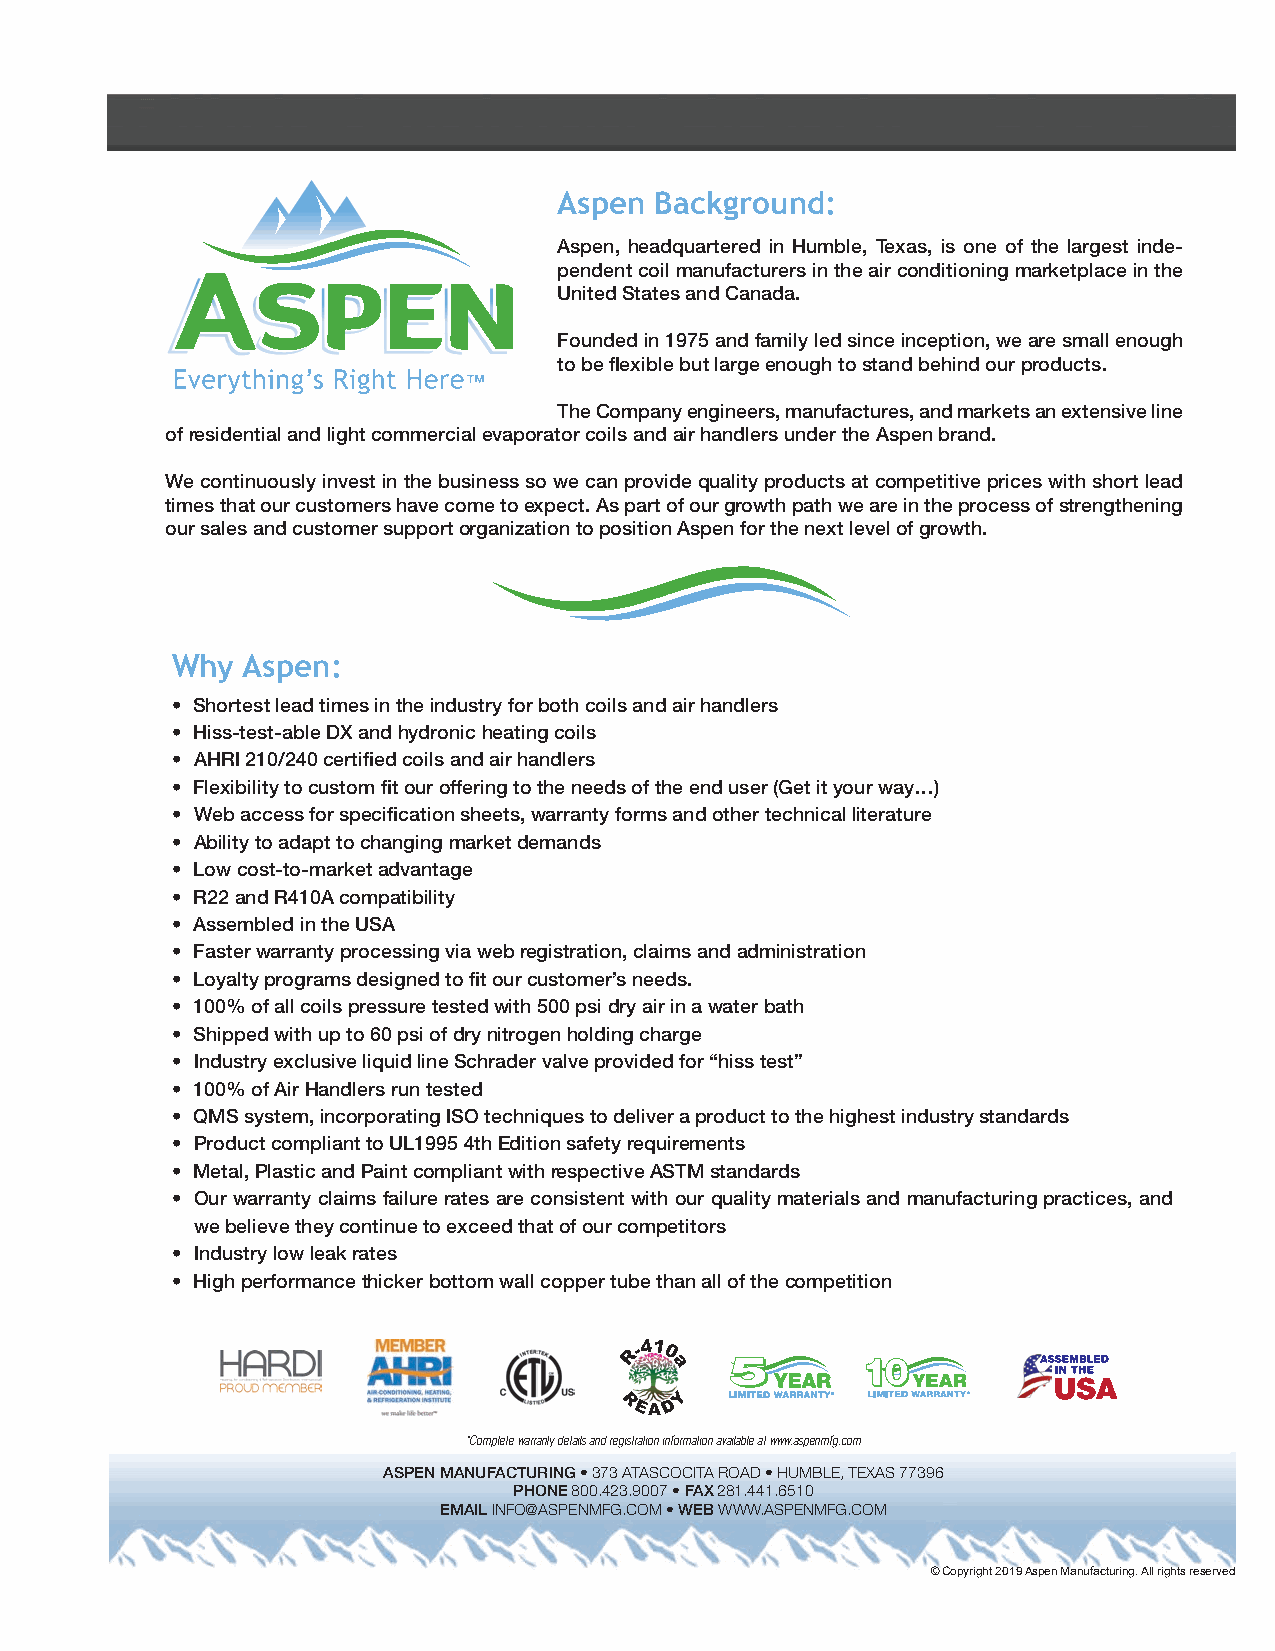
Aspen Background:
 Aspen, headquartered in Humble, Texas, is one of the largest inde-
 pendent coil manufacturers in the air conditioning marketplace in the
 United States and Canada.
 Founded in 1975 and family led since inception, we are small enough
 to be flexible but large enough to stand behind our products.
 The Company engineers, manufactures, and markets an extensive line
 of residential and light commercial evaporator coils and air handlers under the Aspen brand.
 We continuously invest in the business so we can provide quality products at competitive prices with short lead
 times that our customers have come to expect. As part of our growth path we are in the process of strengthening
 our sales and customer support organization to position Aspen for the next level of growth.
 Why  Aspen:
 • Shortest lead times in the industry for both coils and air handlers
 • Hiss-test-able DX and hydronic heating coils
 • AHRI 210/240 certified coils and air handlers
 • Flexibility to custom fit our offering to the needs of the end user (Get it your way…)
 • Web access for specification sheets, warranty forms and other technical literature
 • Ability to adapt to changing market demands
 • Low cost-to-market advantage
 • R22 and R410A compatibility
 • Assembled in the USA
 • Faster warranty processing via web registration, claims and administration
 • Loyalty programs designed to fit our customer’s needs.
 • 100% of all coils pressure tested with 500 psi dry air in a water bath
 • Shipped with up to 60 psi of dry nitrogen holding charge
 • Industry exclusive liquid line Schrader valve provided for “hiss test”
 • 100% of Air Handlers run tested
 • QMS system, incorporating ISO techniques to deliver a product to the highest industry standards
 • Product compliant to UL1995 4th Edition safety requirements
 • Metal, Plastic and Paint compliant with respective ASTM standards
 • Our warranty claims failure rates are consistent with our quality materials and manufacturing practices, and
 we believe they continue to exceed that of our competitors
 • Industry low leak rates
 • High performance thicker bottom wall copper tube than all of the competition
 *Complete warranty details and registration information available at www.aspenmfg.com
 ASPEN MANUFACTURING • 373 ATASCOCITA ROAD • HUMBLE, TEXAS 77396
 PHONE 800.423.9007 • FAX 281.441.6510
 EMAIL INFO@ASPENMFG.COM • WEB WWW.ASPENMFG.COM
 © Copyright 2019 Aspen Manufacturing. All rights reserved